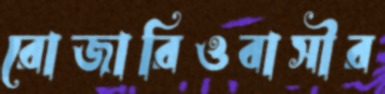
রোজারিওবাসীর